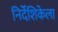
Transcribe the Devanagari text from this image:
निर्देशिकेला